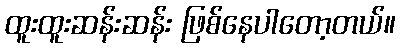
ထူးထူးဆန်းဆန်း ဖြစ်နေပါတော့တယ်။